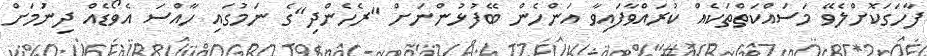
ފާހަގަކޮށްލެވޭ މަސައްކަތްތަކެއް ކުރައްވާފައިވާ އަންހެން ބޭފުޅުންނަށް "ރެހެންދި"ގެ ނަމުގައި ހާއްސަ އެވޯޑެއް ދިނުަމަށް